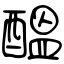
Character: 醞